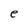
Character: e